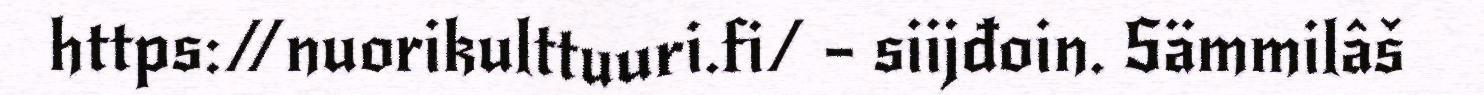
https://nuorikulttuuri.fi/ – siijđoin. Sämmilâš